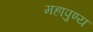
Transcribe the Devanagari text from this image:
महापुण्य